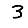
Digit: 3